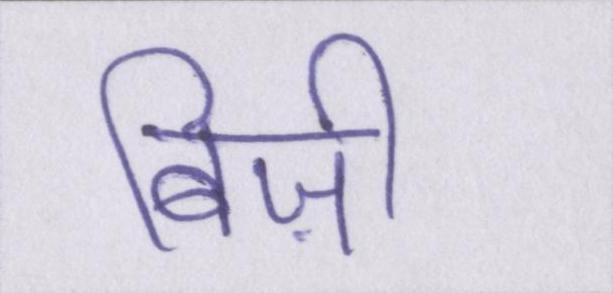
बिज़ी